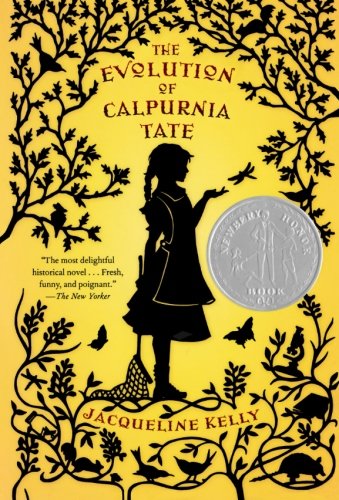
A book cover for The Evolution of Calpurnia Tate; Jacqueline Kelly; Children's Books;